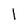
Character: l